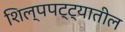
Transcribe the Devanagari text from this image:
शिल्पपट्ट्यातील